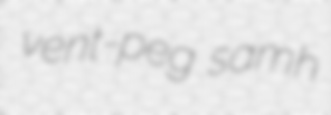
vent-peg samh